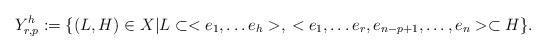
LaTeX: \begin{align*} Y_{r,p}^h:= \{(L,H)\in X | L \subset <e_1, \dots e_h>, \: <e_1, \dots e_r, e_{n-p+1}, \dots , e_n> \subset H \}.\end{align*}